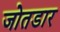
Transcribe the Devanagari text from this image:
जोतडार